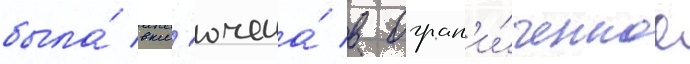
была́ вкл'ючена́ в огран'и́ченное